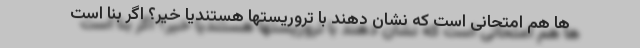
ها هم امتحانی است که نشان دهند با تروریستها هستندیا خیر؟ اگر بنا است